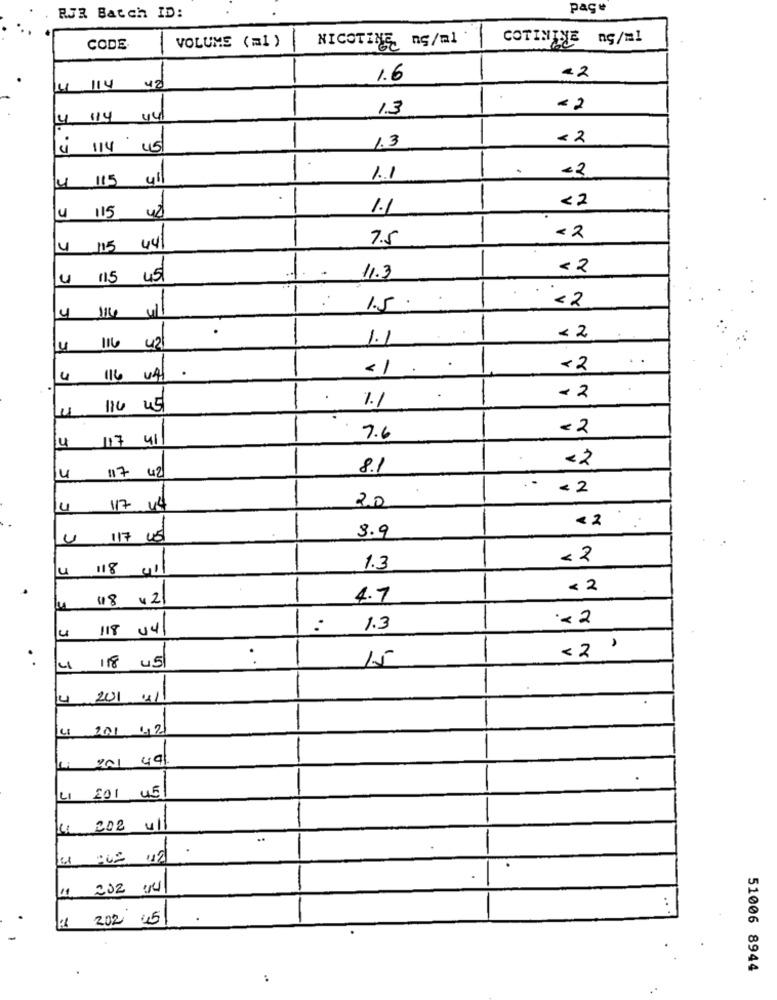
page
RJR Batch ID:
VOLUME (=1 )
NICOTINE ng/ml
COTININE ng/ml
CODE.
1.6
-
-2
4 114 42
1.3
-2
4 114 441
<2
14 114 45
1.3
.
<2
4 115 yll
1.1
<2
42
1.1
4 115
7.5
< 2
4 115 441
----
<2
4 115 45
11.3
<2
1.5 .
4 114
1.1
-
<2
116 421
<1 .
<2
4
116 04/
- 2
114 45
1.1
- 2
117 41
7.6
4
8.1
<2
4
117 42
- < 2
20
4
117 44
< 2
3.9
4 117 Ud
<2
118
41
1.3
< 2
18 4 2
-
4.7
·< 2
118 44/
..
1.3
-
15
< 2
18 45
4 201 41
4 201 4,2
-
201 49
201 45
4 202 ull
11 202 :14
£ 202 05
51006 8944
: